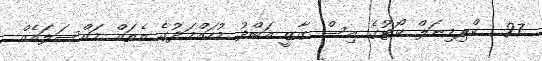
27  ކްރިމިނަލް ކޯޓުގެ އިސް ގާޒީ އަބްދު މުހައްމަދުގެ އެތައް މައްސަލައެއް